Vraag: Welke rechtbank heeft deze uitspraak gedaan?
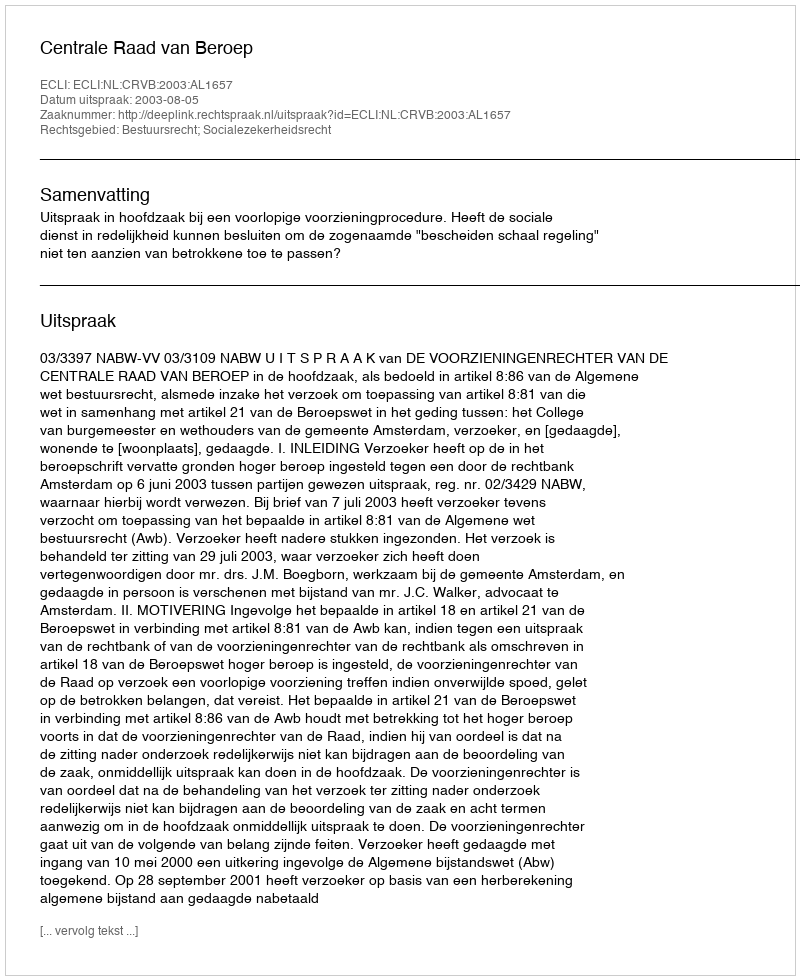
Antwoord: Centrale Raad van Beroep